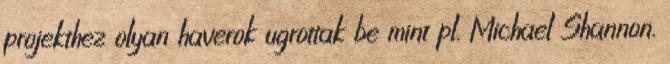
projekthez olyan haverok ugrottak be mint pl. Michael Shannon.